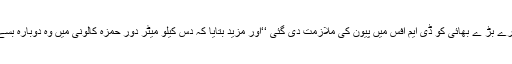
میرے بڑ ے بھائی کو ڈی ایم افس میں پیون کی ملازمت دی گئی ‘‘اور مزید بتایا کہ دس کیلو میٹر دور حمزہ کالونی میں وہ دوبارہ بسے ۔